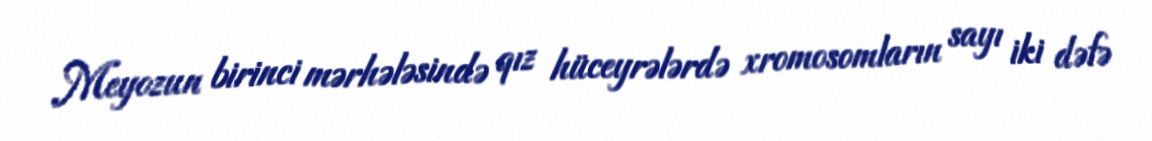
Meyozun birinci mərhələsində qız hüceyrələrdə xromosomların sayı iki dəfə